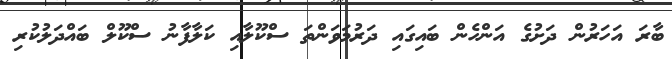
ބާރަ އަހަރުން ދަށުގެ އަންހެން ބައިގައި ދަރުމަވަންތަ ސްކޫލާއި ކަލާފާނު ސްކޫލް ބައްދަލުކުރި